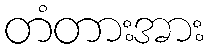
တံတားအား